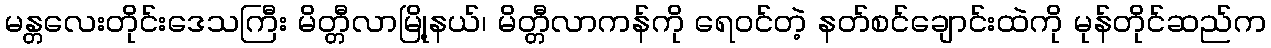
မန္တလေးတိုင်းဒေသကြီး မိတ္တီလာမြို့နယ်၊ မိတ္တီလာကန်ကို ရေဝင်တဲ့ နတ်စင်ချောင်းထဲကို မုန်တိုင်ဆည်က